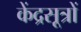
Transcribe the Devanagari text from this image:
केंद्रसूत्रों